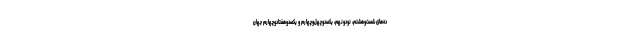
ده‌های شصت‌و‌هشتم، نودونهم، یکصدوچهل‌وچهارم و یکصدوهفتادوچهارم جهان